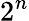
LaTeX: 2^{n}